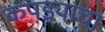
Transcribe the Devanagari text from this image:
कपड्याचा